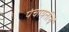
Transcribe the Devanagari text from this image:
पंचायतीचें